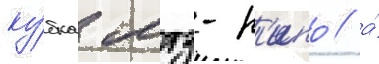
ку́бка мтз-р'ипо / а́